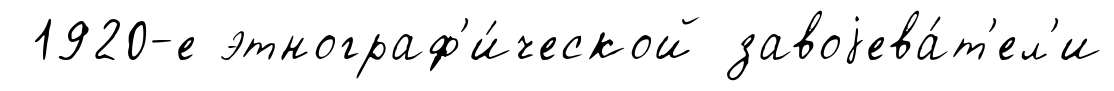
1920-е этнограф'и́ческой завоjева́т'ел'и